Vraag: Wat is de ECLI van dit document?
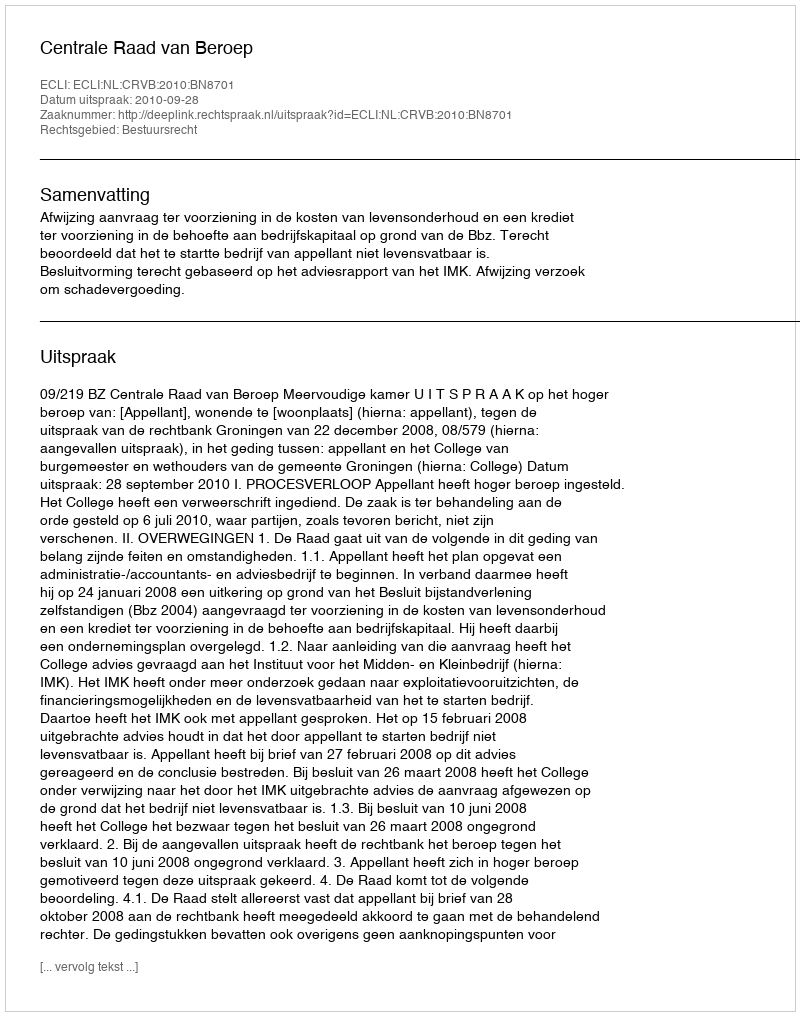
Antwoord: ECLI:NL:CRVB:2010:BN8701